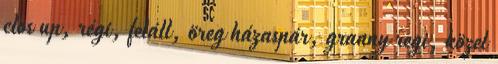
clos up, régi, feláll, öreg házaspár, granny regi, közel